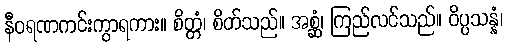
နီဝရဏကင်းကွာရကား။ စိတ္တံ၊ စိတ်သည်။ အစ္ဆံ၊ ကြည်လင်သည်။ ဝိပ္ပသန္နံ၊